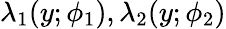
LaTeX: \lambda_{1}(y;\phi_{1}),\lambda_{2}(y;\phi_{2})